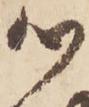
以